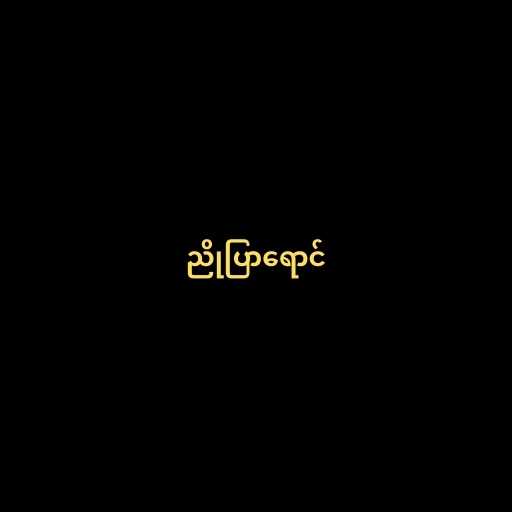
ညိုပြာရောင်